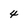
Character: 4